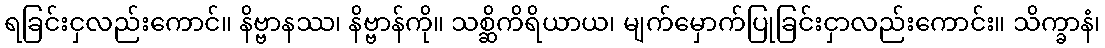
ရခြင်းငှလည်းကောင်။ နိဗ္ဗာနဿ၊ နိဗ္ဗာန်ကို။ သစ္ဆိကိရိယာယ၊ မျက်မှောက်ပြုခြင်းငှာလည်းကောင်း။ သိက္ခာနံ၊